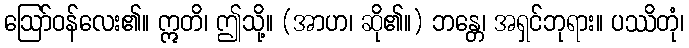
ဩော်ဝန်လေး၏။ ဣတိ၊ ဤသို့။ (အာဟ၊ ဆို၏။) ဘန္တေ၊ အရှင်ဘုရား။ ပဿိတုံ၊